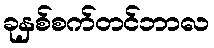
ခုနှစ်စက်တင်ဘာလ